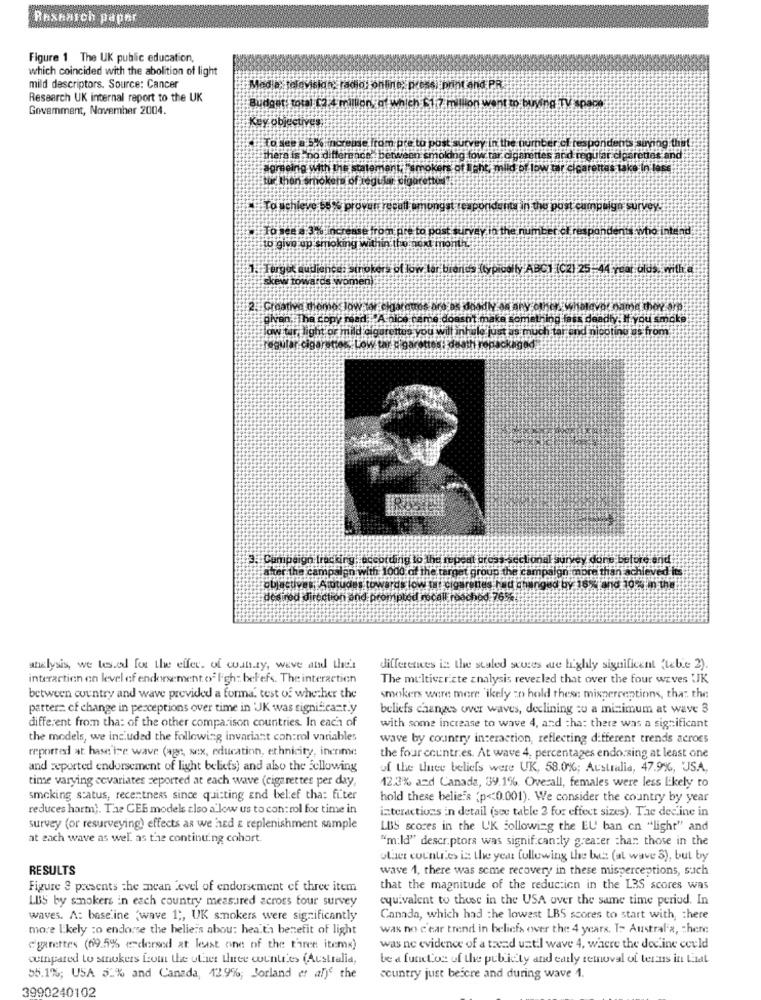
Rexhaich paphr
Figure 1 The UK public education,
which coincided with the abolition of light
mild descriptors. Source: Cancer
Medie, television, radio: online, press, print and PR.
Research UK internal report to the UK
Govemment, November 2004.
Budget: total (2.4 million, of which 61.7 million went to buying TV space
Key objectives
To see a 5% increase from pre to post survey in the number of respondents sinnog thet
there is no difference, benen
ince. between smoking fow tar cigarettes and meoffar clearettas and
agreeing with the statemant. "smokers of light, mild or low tar cicarettas take In less
tur thon smokers of regular sigaretiod:
To schleve 5% provar recati amongst reaporidenta in the post campaign survey.
To see a 31% increase from pre to post survey in the number ct respondents vto intend
to give up smoking within the next month.
1.Turgut audience: strokers of low tar brands (typically ABC1 (C2) 25-44 year olds, with a
skew towards women).
2. Greatiec diome Jow tar elgarotos are as doadly as any other_whatever name thor arp:
given, The copy mead ""A nice came doesnt make something lass deadly. M you smoke
low tar light or mild cigarettes you will inhale just as much tar und nicotine as from
regular cigarettes, Low tar cigarettes; daath repackaged
3.Compaign tracking, according to the repent oross sectional survey done before and
after the campaign with 1000 of the target group the campaign more than achieved its
objectives Atotudas towards low pre cigarenas had changed by 16% and 10 5 m the
desired direction and prompted recall reached 7654
analysis, we tested fox the effec. of wanty, weve atid their
differences in the scaled scores we highly significant (tebe 2).
interaction on level of endorsement of ligh: beFefs. The interaction
The multivariate analysis revealed that over the four waves LIK
between country and wave provided a forma. test of whether the
smokers were more 'ikely zo hold these misperceptions, that the
pattern of change in perceptions over time in 'JK was significant.y
beliefs changes over waves, declining zo a minimum at wave 3
different from tha: of the other comparison countries. In each of
with some increase to wave 4, and that there was a significant
the models, we included the following invariant control variables
wave by country interaction, reflecting different trends across
reported at hase ire wave (age, sex, education, ethnicity, income
the four countries. At wave 4, percentages endorsing at least one
and reported endorsement of light beliefs) and also the following
of the thee beliefs were UK, 58.0%; Australia, 47.9%, USA,
time varying covariates zeported at each wave (cigarettes per day,
12.3% and Canada, 39.1% Overall, females were less Likely to
smoking status, recentness since qui:ting and belief tha: fiter
hold these beliefs (p << 0.001). We consider the country by year
reduces harm). The CEE models also a low us to control for time in
interactions in detail (see table 2 for effect sizes). Tae decine in
survey (or resurveying) effects as we had & replenishment sample
LBS scores in the UK following the EU ban cn "light" and
at each wave as well as the continuing cohort
"m:Id" descriptors was significantly greater than those in the
other countries in the year following the bez (al wave 3), but by
RESULTS
wave 1, there was some recovery in these misperceptions, such
Figure 8 presents the Enean Level of endorsement ef three item
that the magnitude of the reduction in the LAS scores was
LBS by smokers in each country measured across four survey
equivalent to those in the USA over the same time period. In
waves. A: baseline "wave 1 ;, UK smokers were significantly
Canada, which had the lowest LBS scores to start with, there
more likely to endorse the helieis abou: health benefit of light
was no c'ear trend in beliefs over the 4 years. I- Australia, there
cigarettes (69.5% endersed at least one of the three items)
was ne evidence of a trend until wave 4, where the decline could
outpared to smokers Leom the other three countries (Australia,
be a function of the publicty and early removal of terus in Litat
55.1%; USA 52% and Canada, 42.9%; Jorland et al)e the
country just before and during wave 1.
3990240102